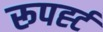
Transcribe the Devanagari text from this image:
रूपर्ह्ट